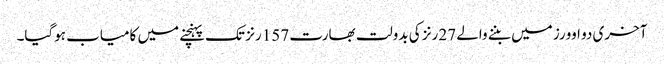
آخری دو اوورز میں بننے والے 27 رنز کی بدولت بھارت 157 رنز تک پہنچنے میں کامیاب ہوگیا۔